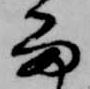
留